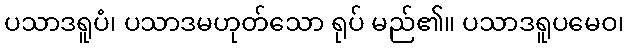
ပသာဒရူပံ၊ ပသာဒမဟုတ်သော ရုပ် မည်၏။ ပသာဒရူပမေဝ၊